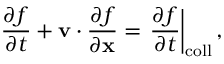
\frac { \partial f } { \partial t } + \mathbf v \cdot \frac { \partial f } { \partial \mathbf x } = \left. \frac { \partial f } { \partial t } \right| _ { \mathrm { c o l l } } ,